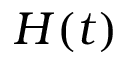
H ( t )